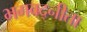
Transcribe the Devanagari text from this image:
भगवद्नीता